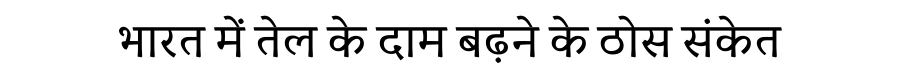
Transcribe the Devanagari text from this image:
भारत में तेल के दाम बढ़ने के ठोस संकेत